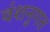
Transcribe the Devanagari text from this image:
वंशनुगत